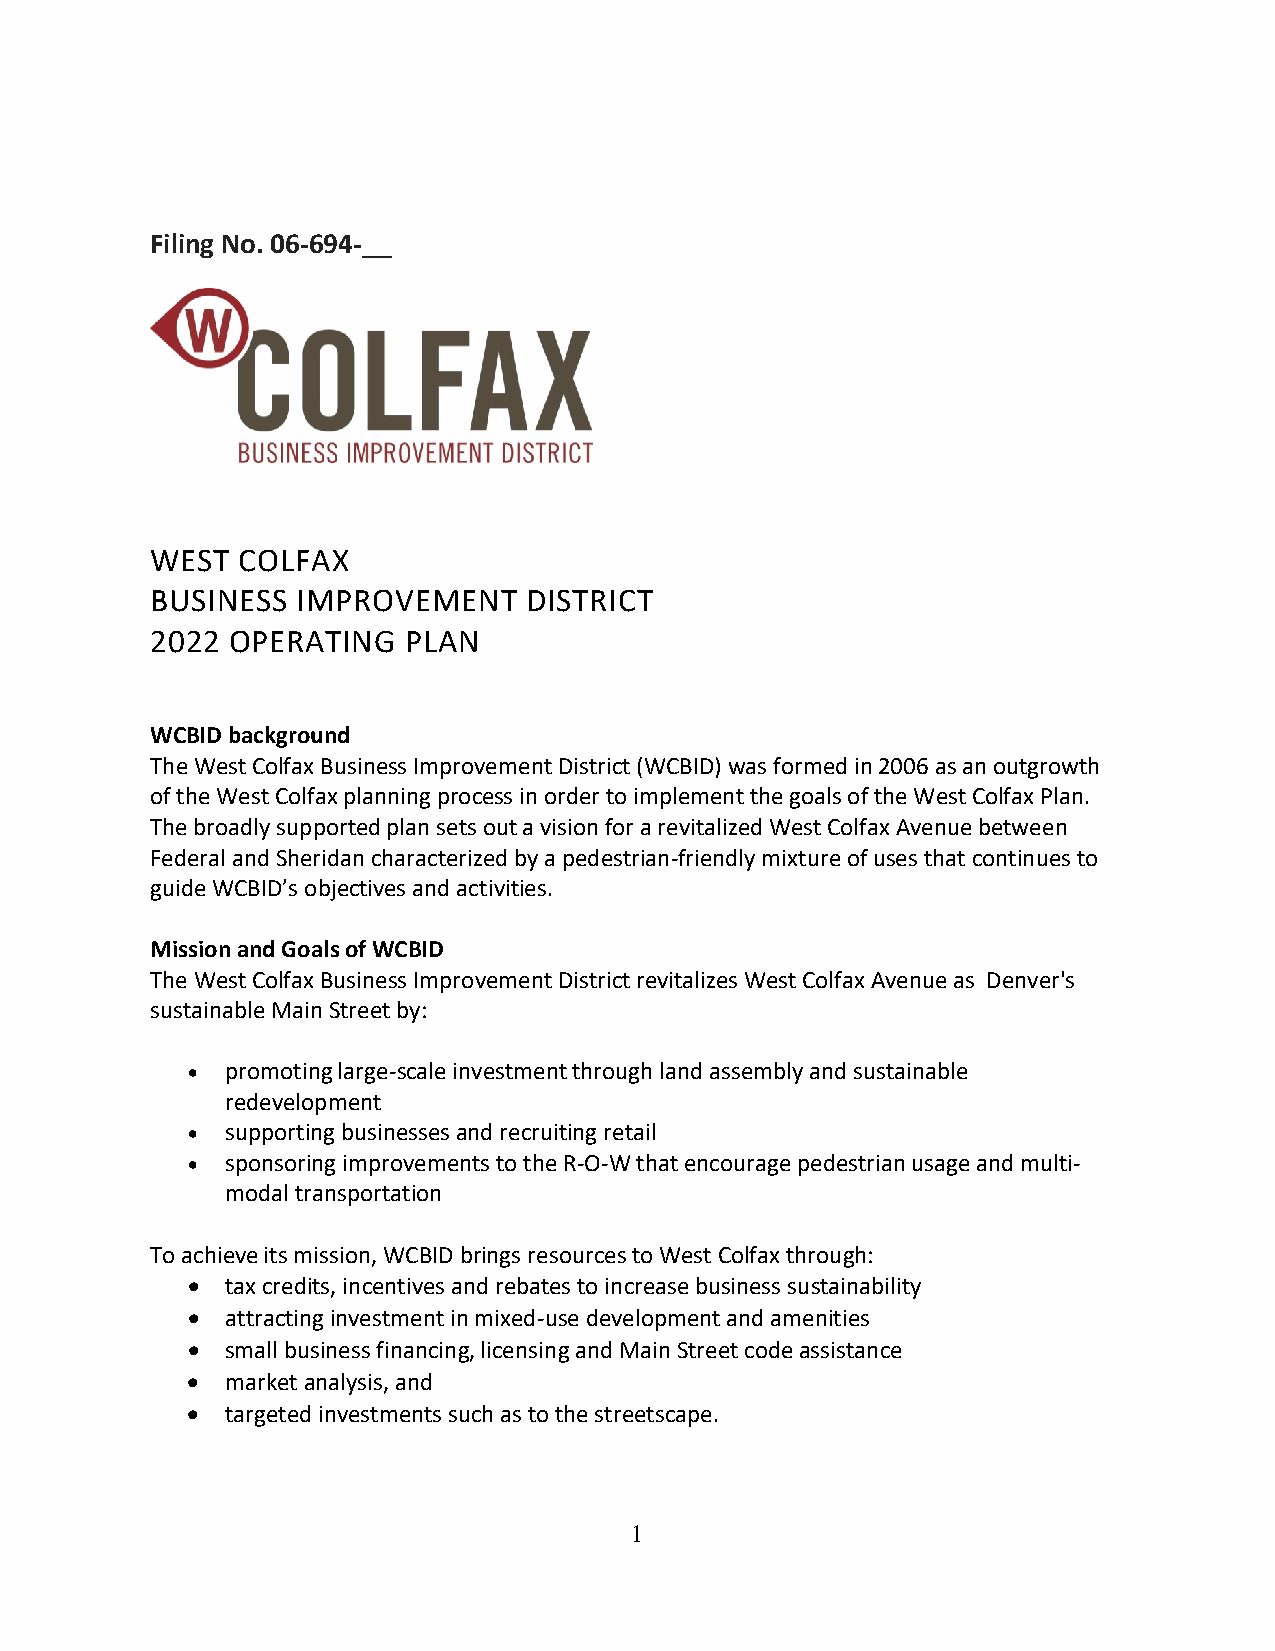
Filing No. 06-694-__
 WEST  COLFAX
 BUSINESS  IMPROVEMENT    DISTRICT
 2022 OPERATING   PLAN
 WCBID background
 The West Colfax Business Improvement District (WCBID) was formed in 2006 as an outgrowth
 of the West Colfax planning process in order to implement the goals of the West Colfax Plan.
 The broadly supported plan sets out a vision for a revitalized West Colfax Avenue between
 Federal and Sheridan characterized by a pedestrian-friendly mixture of uses that continues to
 guide WCBID’s objectives and activities.
 Mission and Goals of WCBID
 The West Colfax Business Improvement District revitalizes West Colfax Avenue as Denver's
 sustainable Main Street by:
 •  promoting large-scale investment through land assembly and sustainable
 redevelopment
 •  supporting businesses and recruiting retail
 •  sponsoring improvements to the R-O-W that encourage pedestrian usage and multi-
 modal transportation
 To achieve its mission, WCBID brings resources to West Colfax through:
 •  tax credits, incentives and rebates to increase business sustainability
 •  attracting investment in mixed-use development and amenities
 •  small business financing, licensing and Main Street code assistance
 •  market analysis, and
 •  targeted investments such as to the streetscape.
 1